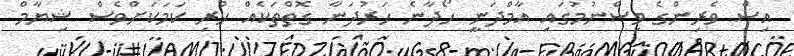
އިސް ވެރިންގެ ވިސްނުމުގައި އާމްދަނީ ހޯދާނެ ހަރުދަނާ ގޮތްތަކެއް ހުރި ކަމަކަށްވެސް ޝިޔާމް